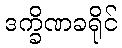
ဒက္ခိဏခရိုင်